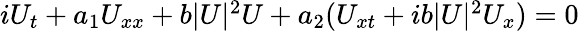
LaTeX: \begin{array}{r}{iU_{t}+a_{1}U_{xx}+b|U|^{2}U+a_{2}(U_{xt}+ib|U|^{2}U_{x})=0}\end{array}